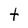
Character: t